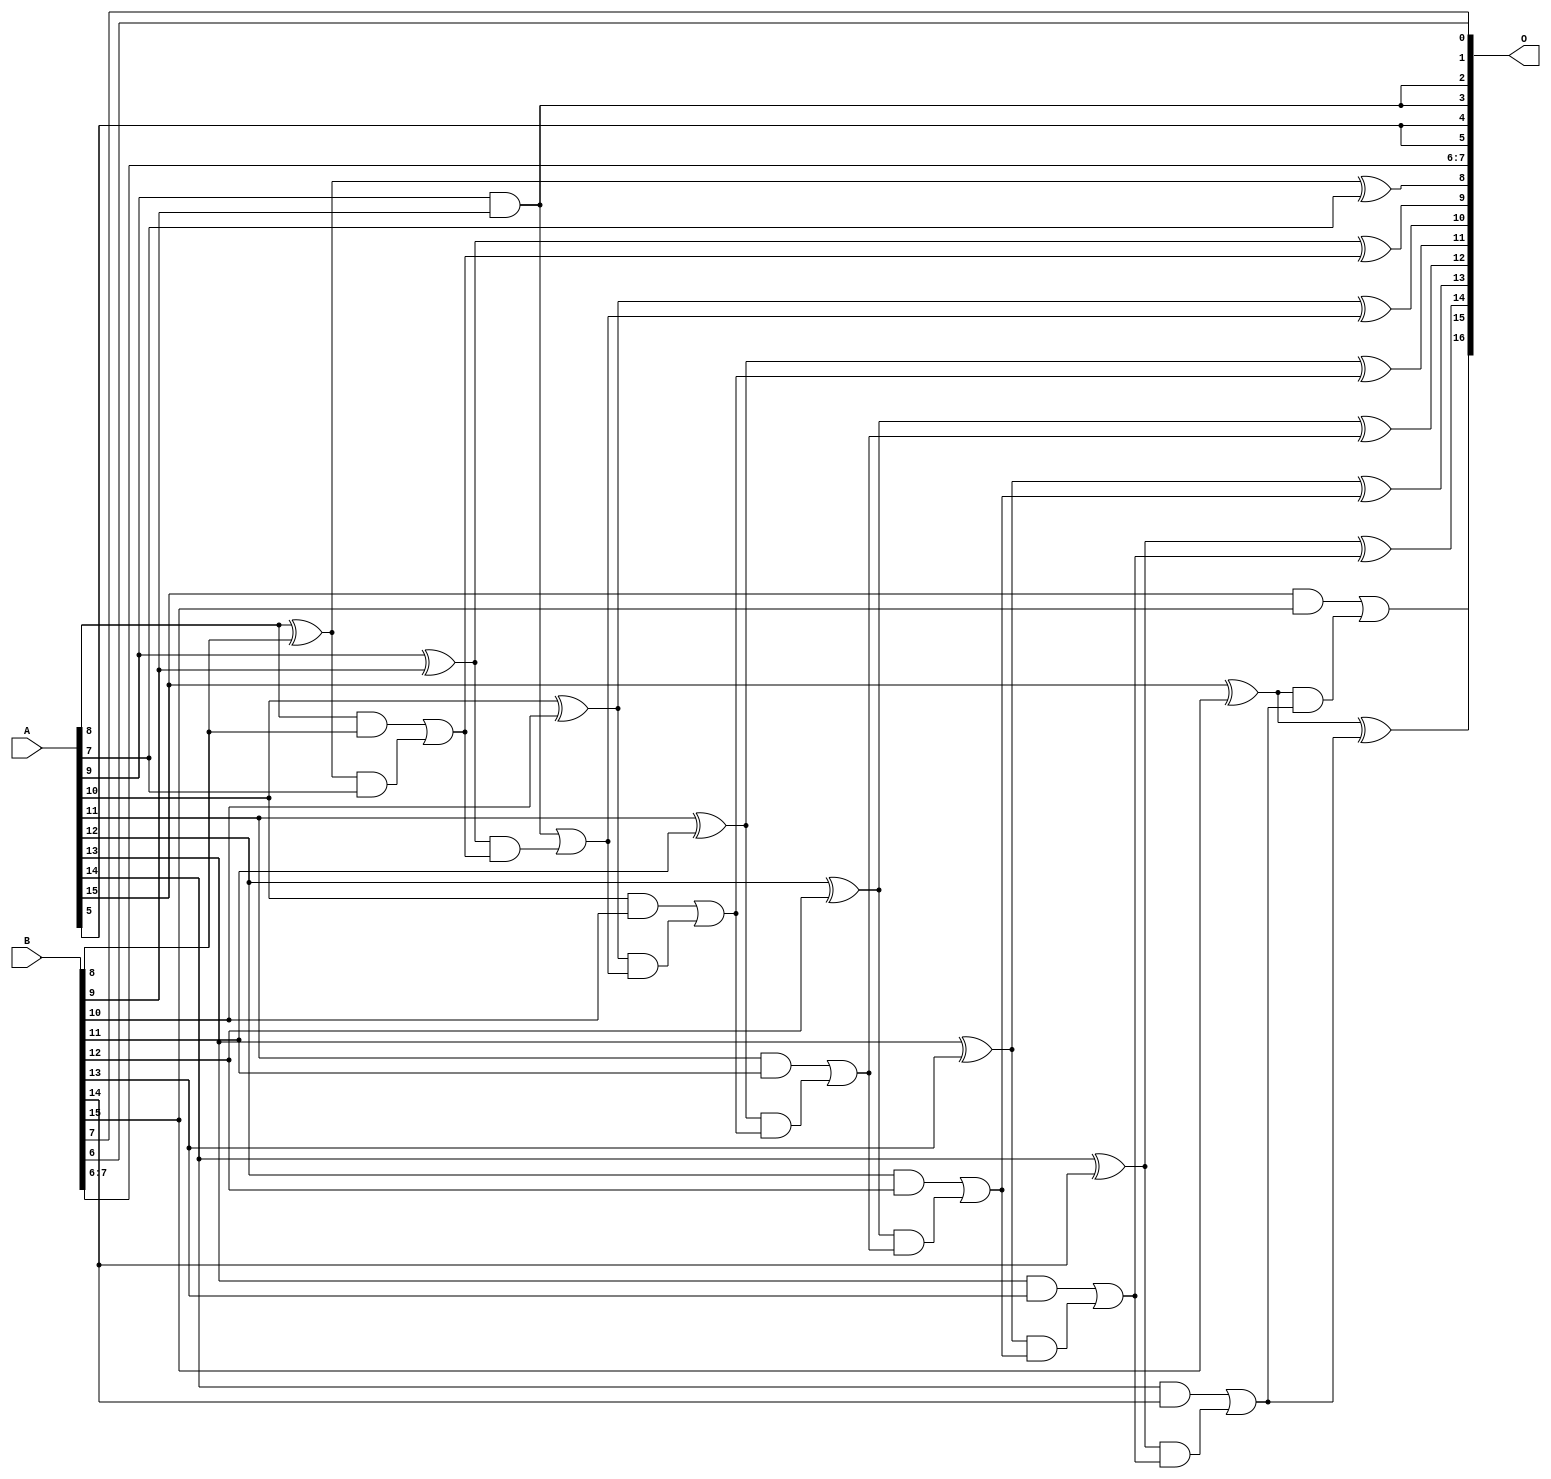
/***
* This code is a part of EvoApproxLib library (ehw.fit.vutbr.cz/approxlib) distributed under The MIT License.
* When used, please cite the following article(s): PRABAKARAN B. S., MRAZEK V., VASICEK Z., SEKANINA L., SHAFIQUE M. ApproxFPGAs: Embracing ASIC-based Approximate Arithmetic Components for FPGA-Based Systems. DAC 2020. 
***/
// MAE% = 0.049 %
// MAE = 65 
// WCE% = 0.12 %
// WCE = 159 
// WCRE% = 100.00 %
// EP% = 99.61 %
// MRE% = 0.14 %
// MSE = 5645 
// FPGA_POWER = 0.39
// FPGA_DELAY = 8.1
// FPGA_LUT = 9.0


module add16u_0EX(A, B, O);
  input [15:0] A, B;
  output [16:0] O;
  wire sig_69, sig_70, sig_71, sig_73, sig_74, sig_76;
  wire sig_78, sig_79, sig_80, sig_81, sig_83, sig_84;
  wire sig_85, sig_86, sig_88, sig_89, sig_90, sig_91;
  wire sig_93, sig_94, sig_95, sig_96, sig_98, sig_99;
  wire sig_100, sig_101, sig_103, sig_104, sig_105, sig_106;
  assign sig_69 = A[8] ^ B[8];
  assign sig_70 = A[8] & B[8];
  assign sig_71 = sig_69 & A[7];
  assign O[8] = sig_69 ^ A[7];
  assign sig_73 = sig_70 | sig_71;
  assign sig_74 = A[9] ^ B[9];
  assign O[2] = A[9] & B[9];
  assign sig_76 = sig_74 & sig_73;
  assign O[9] = sig_74 ^ sig_73;
  assign sig_78 = O[2] | sig_76;
  assign sig_79 = A[10] ^ B[10];
  assign sig_80 = A[10] & B[10];
  assign sig_81 = sig_79 & sig_78;
  assign O[10] = sig_79 ^ sig_78;
  assign sig_83 = sig_80 | sig_81;
  assign sig_84 = A[11] ^ B[11];
  assign sig_85 = A[11] & B[11];
  assign sig_86 = sig_84 & sig_83;
  assign O[11] = sig_84 ^ sig_83;
  assign sig_88 = sig_85 | sig_86;
  assign sig_89 = A[12] ^ B[12];
  assign sig_90 = A[12] & B[12];
  assign sig_91 = sig_89 & sig_88;
  assign O[12] = sig_89 ^ sig_88;
  assign sig_93 = sig_90 | sig_91;
  assign sig_94 = A[13] ^ B[13];
  assign sig_95 = A[13] & B[13];
  assign sig_96 = sig_94 & sig_93;
  assign O[13] = sig_94 ^ sig_93;
  assign sig_98 = sig_95 | sig_96;
  assign sig_99 = A[14] ^ B[14];
  assign sig_100 = A[14] & B[14];
  assign sig_101 = sig_99 & sig_98;
  assign O[14] = sig_99 ^ sig_98;
  assign sig_103 = sig_100 | sig_101;
  assign sig_104 = A[15] ^ B[15];
  assign sig_105 = A[15] & B[15];
  assign sig_106 = sig_104 & sig_103;
  assign O[15] = sig_104 ^ sig_103;
  assign O[16] = sig_105 | sig_106;
  assign O[0] = B[7];
  assign O[1] = B[6];
  assign O[3] = O[2];
  assign O[4] = A[5];
  assign O[5] = A[5];
  assign O[6] = B[6];
  assign O[7] = B[7];
endmodule